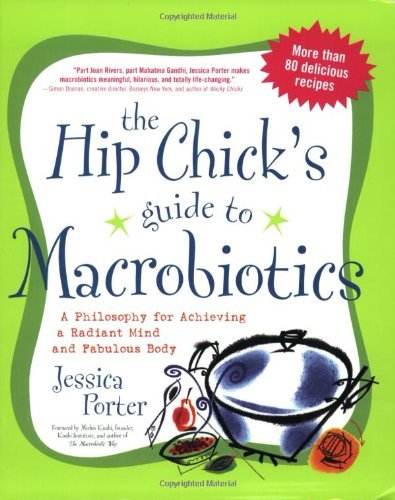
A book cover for The Hip Chick's Guide to Macrobiotics: A Philosophy for Achieving a Radiant Mind and a Fabulous Body (Paperback); Jessica Porter; Health, Fitness & Dieting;